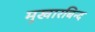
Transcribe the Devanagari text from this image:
मुखारबिन्द